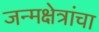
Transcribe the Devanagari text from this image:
जन्मक्षेत्रांचा